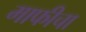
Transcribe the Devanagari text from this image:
माफीचा